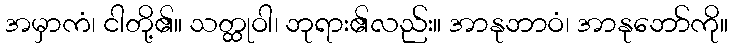
အမှာကံ၊ ငါတို့၏။ သတ္ထုဝါ၊ ဘုရား၏လည်း။ အာနုဘာဝံ၊ အာနုဘော်ကို။